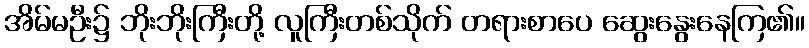
အိမ်မဦး၌ ဘိုးဘိုးကြီးတို့ လူကြီးတစ်သိုက် တရားစာပေ ဆွေးနွေးနေကြ၏။